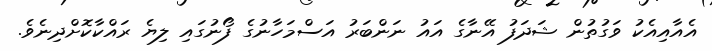
އެއާއިއެކު ވަގުތުން ޝަދަފު އޭނާގެ އައު ނަންބަރު އަސްމަހާނުގެ ފޯނުގައި ލިޔެ ރައްކާކޮށްދިނެވެ.